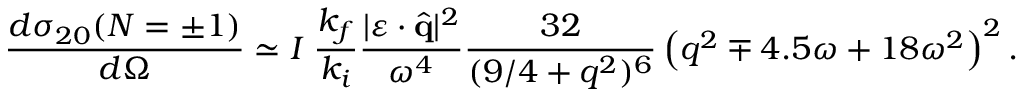
\frac { d { \sigma } _ { 2 0 } ( N = \pm 1 ) } { d \Omega } \simeq I \; \frac { k _ { f } } { k _ { i } } \frac { | \boldsymbol { \varepsilon } \cdot \hat { \mathbf { q } } | ^ { 2 } } { \omega ^ { 4 } } \frac { 3 2 } { ( 9 / 4 + q ^ { 2 } ) ^ { 6 } } \left( q ^ { 2 } \mp 4 . 5 \omega + 1 8 \omega ^ { 2 } \right) ^ { 2 } .